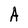
Character: A